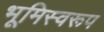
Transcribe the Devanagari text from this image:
भूमिस्वरूप